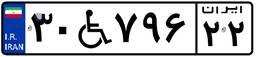
۳۰W۷۹۶۲۲